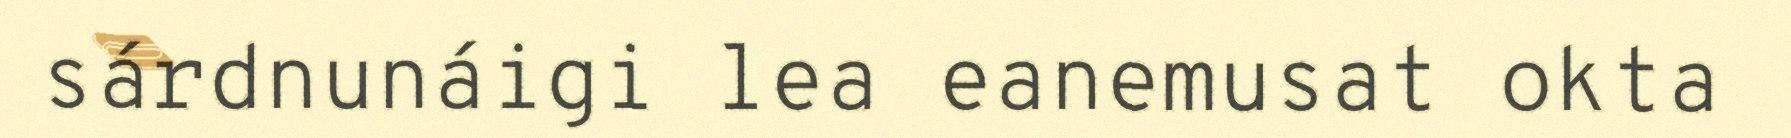
sárdnunáigi lea eanemusat okta